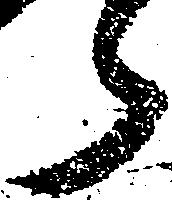
ら